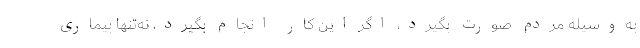
به‌وسیله مردم صورت بگیرد، اگر این کار انجام بگیرد، نه‌تنها بیماری